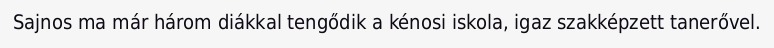
Sajnos ma már három diákkal tengődik a kénosi iskola, igaz szakképzett tanerővel.